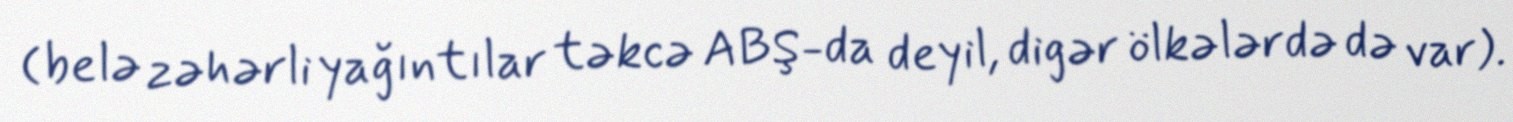
(belə zəhərli yağıntılar təkcə ABŞ-da deyil, digər ölkələrdə də var).